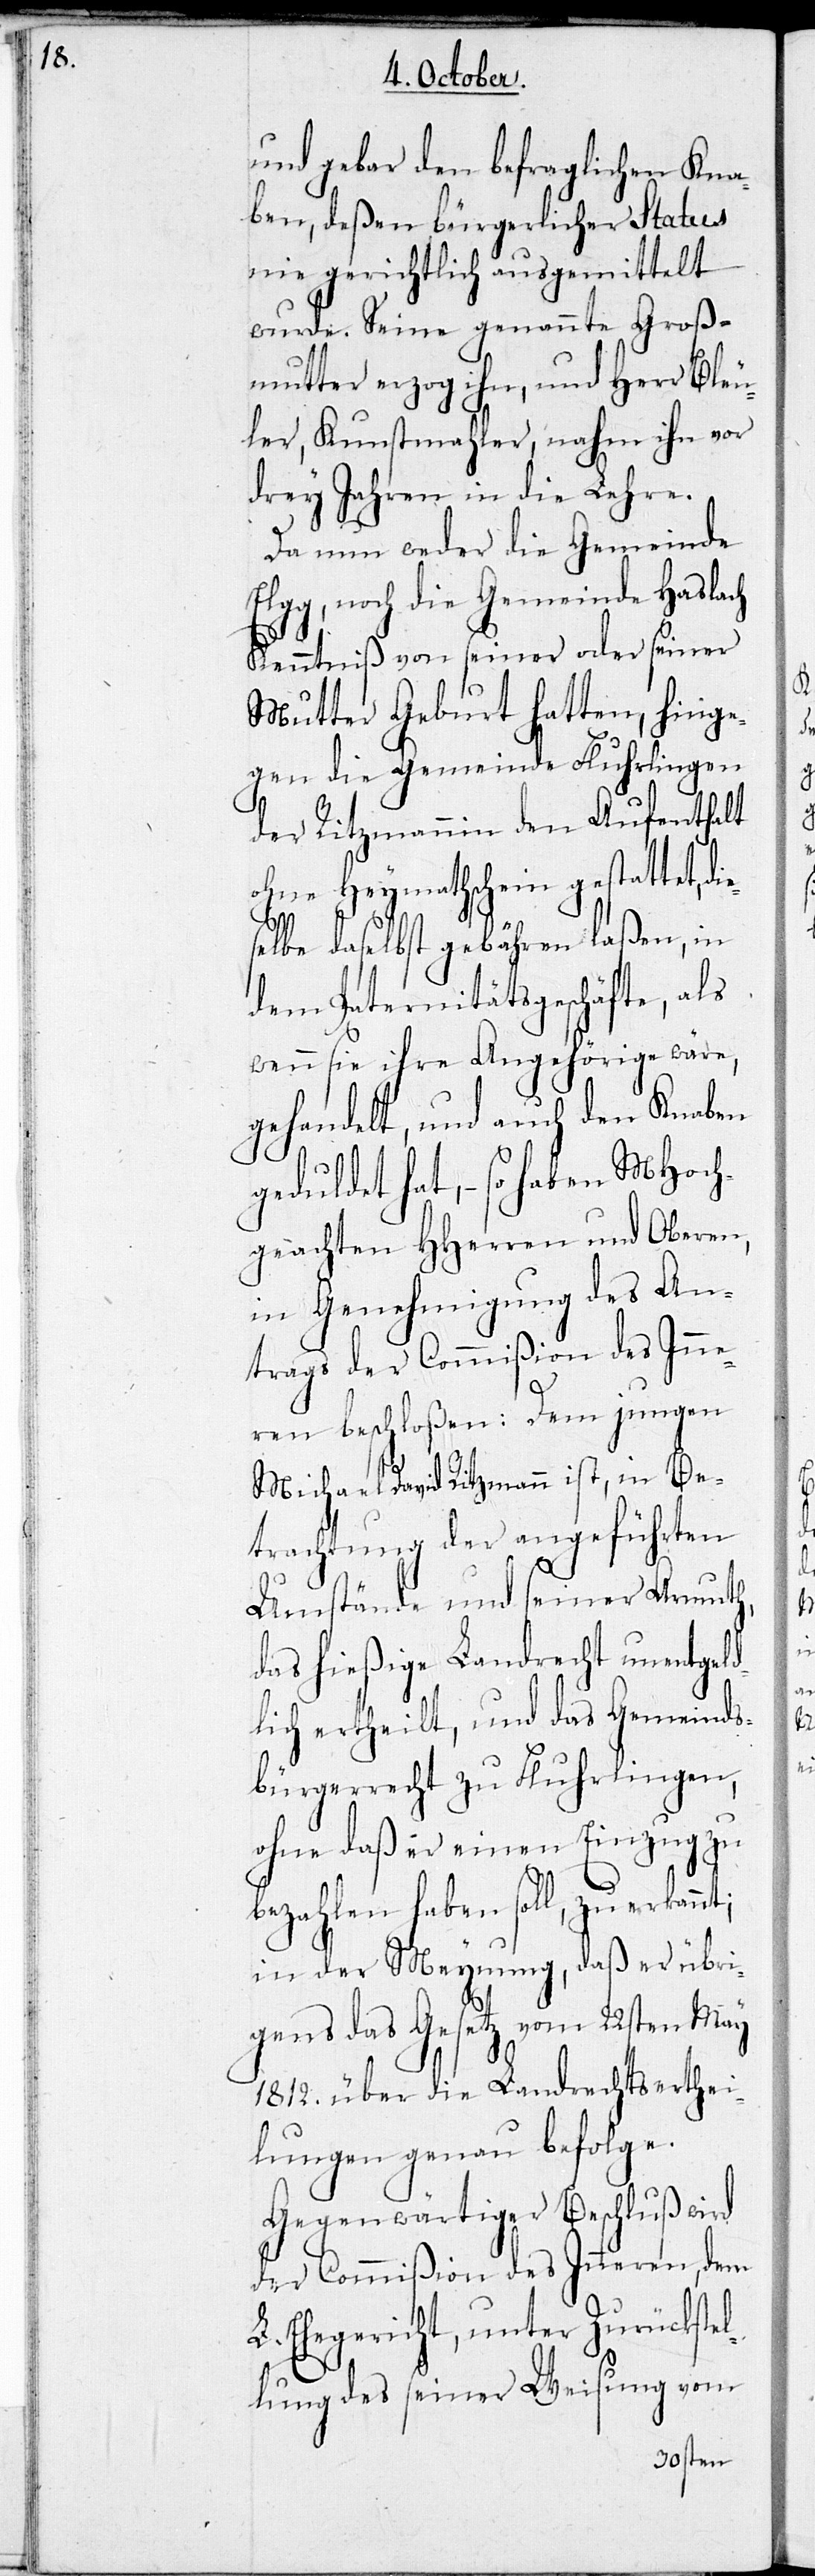
die¬

und gebar den befraglichen Kna¬
ben, deßen bürgerlicher Status
nie gerichtlich ausgemittelt
wurde. Seine genannte Groß¬
mutter erzog ihn, und Herr Bleu¬
ler, Kunstmahler, nahm ihn vor
drey Jahren in die Lehre.
Da nun weder die Gemeinde
Elgg, noch die Gemeinde Haslach
Kenntniß von seiner oder seiner
Mutter Geburt hatten, hinge¬
gen die Gemeinde Fluhrlingen
der Ritzmann den Aufenthalt
ohne Heymathschein gestattet,
selbe daselbst gebähren laßen, in
dem Paternitätsgeschäft, als
wenn sie ihre Angehörige wäre,
gehandelt, und auch den Knaben
geduldet hat, – so haben MHoch¬
geachten HHerren und Oberen,
in Genehmigung des An¬
trages der Commißion des Inne¬
ren beschloßen: Dem jungen
Michael David Ritzmann ist, in Be¬
trachtung der angeführten
Umstände und seiner Armuth,
das hießige Landrecht unentgeld¬
lich ertheilt, und das Gemeinds¬
bürgerrecht zu Fluhrlingen,
ohne daß er einen Einzug zu
bezahlen haben soll, zuerkannt;
in der Meynung, daß er übri¬
gens das Gesetz vom 22sten May
1812 über die Landrechtserthei¬
lungen genau befolge.
Gegenwärtiger Beschluß wird
der Commißion des Inneren, dem
L. Ehegericht, unter Zurückstel¬
lung des seiner Weisung vom